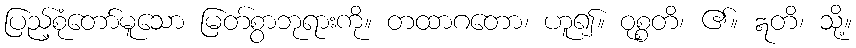
ပြည့်စုံတော်မူသော မြတ်စွာဘုရားကို။ တထာဂတော၊ ဟူ၍။ ဝုစ္စတိ၊ ၏။ ဣတိ၊ သို့။